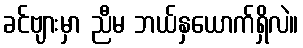
ခင်ဗျားမှာ ညီမ ဘယ်နှယောက်ရှိလဲ။